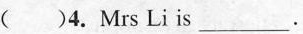
( )4.Mrs Li is___.